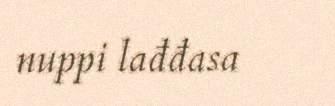
nuppi lađđasa